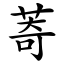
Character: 䓫